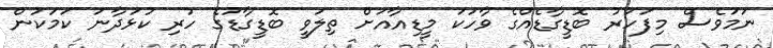
ނަމަވެސް މިފަހަރު ބޮޑީގާޑެއްގެ ވާހަކަ މީޑިއާއަށް ތިލަވީ ބޮޑީގާޑުގެ ހުރި ކުޅަދާނަ ކަމަކުން